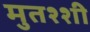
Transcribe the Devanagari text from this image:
मुतश्शी